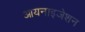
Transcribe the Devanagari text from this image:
आयनाइजेशन